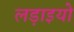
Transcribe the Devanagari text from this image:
लड़ाइयो